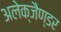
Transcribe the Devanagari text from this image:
अलेक्जैण्डर